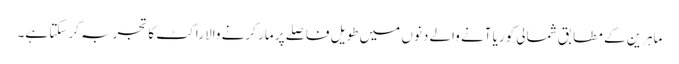
ماہرین کے مطابق شمالی کوریا آنے والے دنوں میں طویل فاصلے پر مار کرنے والا راکٹ کا تجربہ کر سکتا ہے۔